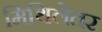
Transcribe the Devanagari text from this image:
मिथिलेतर